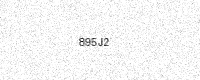
Text: 895J2